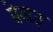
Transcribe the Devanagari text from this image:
ब्रेवाज़